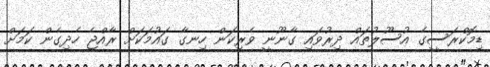
ޑިމޮކްރަސީގެ އުސޫލުތައް ދިރުވައި ގާނޫނީ ވެރިކަން ހިނގާ ގައުމަކަށް ރާއްޖެ ހެދިގެން ކަމަށް